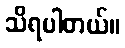
သိရပါတယ်။